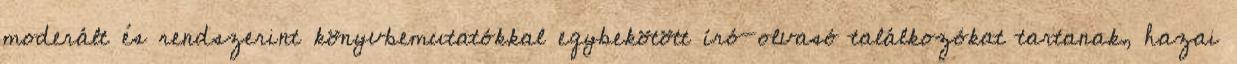
moderált és rendszerint könyvbemutatókkal egybekötött író-olvasó találkozókat tartanak, hazai